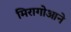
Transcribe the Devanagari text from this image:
मिरागोआने